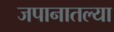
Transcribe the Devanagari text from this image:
जपानातल्या